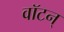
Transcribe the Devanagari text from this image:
वॉटन्